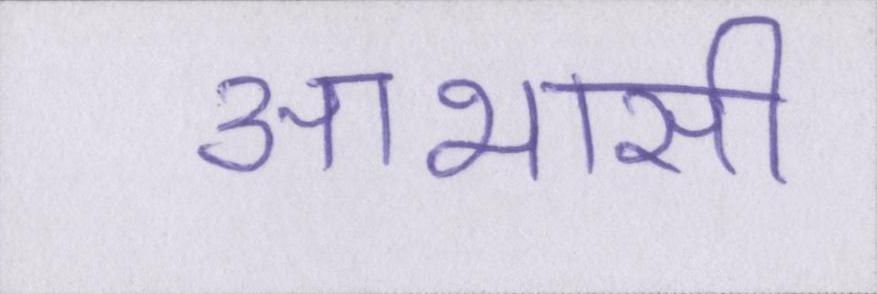
आभासी